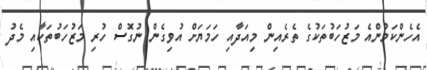
އެހެންކަމުންއެ މަޒުހަބުތަކުގެ ތެރެއިން މިއަދާއި ހަމަޔަށް އުވިގެން ނުގޮސް ހުރި މަޒުހަބުތަކާއި މެދު